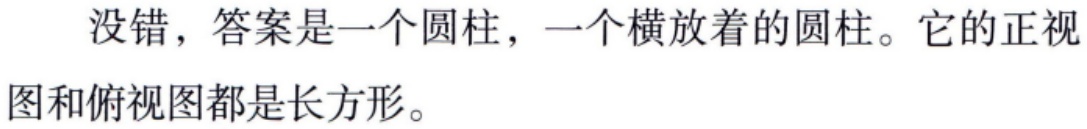
没错，答案是一个圆柱，一个横放着的圆柱。它的正视图和俯视图都是长方形。